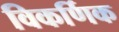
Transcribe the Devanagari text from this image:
विकर्णिक